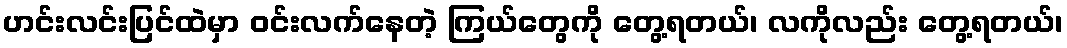
ဟင်းလင်းပြင်ထဲမှာ ဝင်းလက်နေတဲ့ ကြယ်တွေကို တွေ့ရတယ်၊ လကိုလည်း တွေ့ရတယ်၊